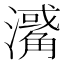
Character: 𤁭